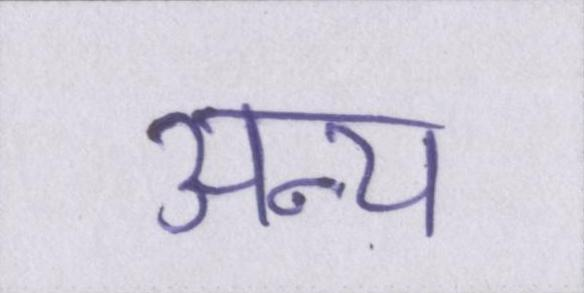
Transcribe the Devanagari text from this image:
अन्य